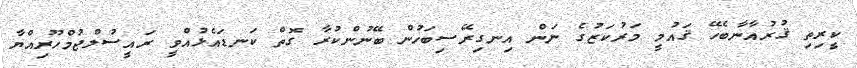
ކީރިތި ޤުރުއާނާބެހޭ ޤައުމީ މަރުކަޒުގެ ނަން އިނގިރޭސިބަހުން ބޭނުންކުރާ ގޮތް ކަނޑައެޅުއްވީ ރައީސުލްޖުމްހޫރިއްޔާ